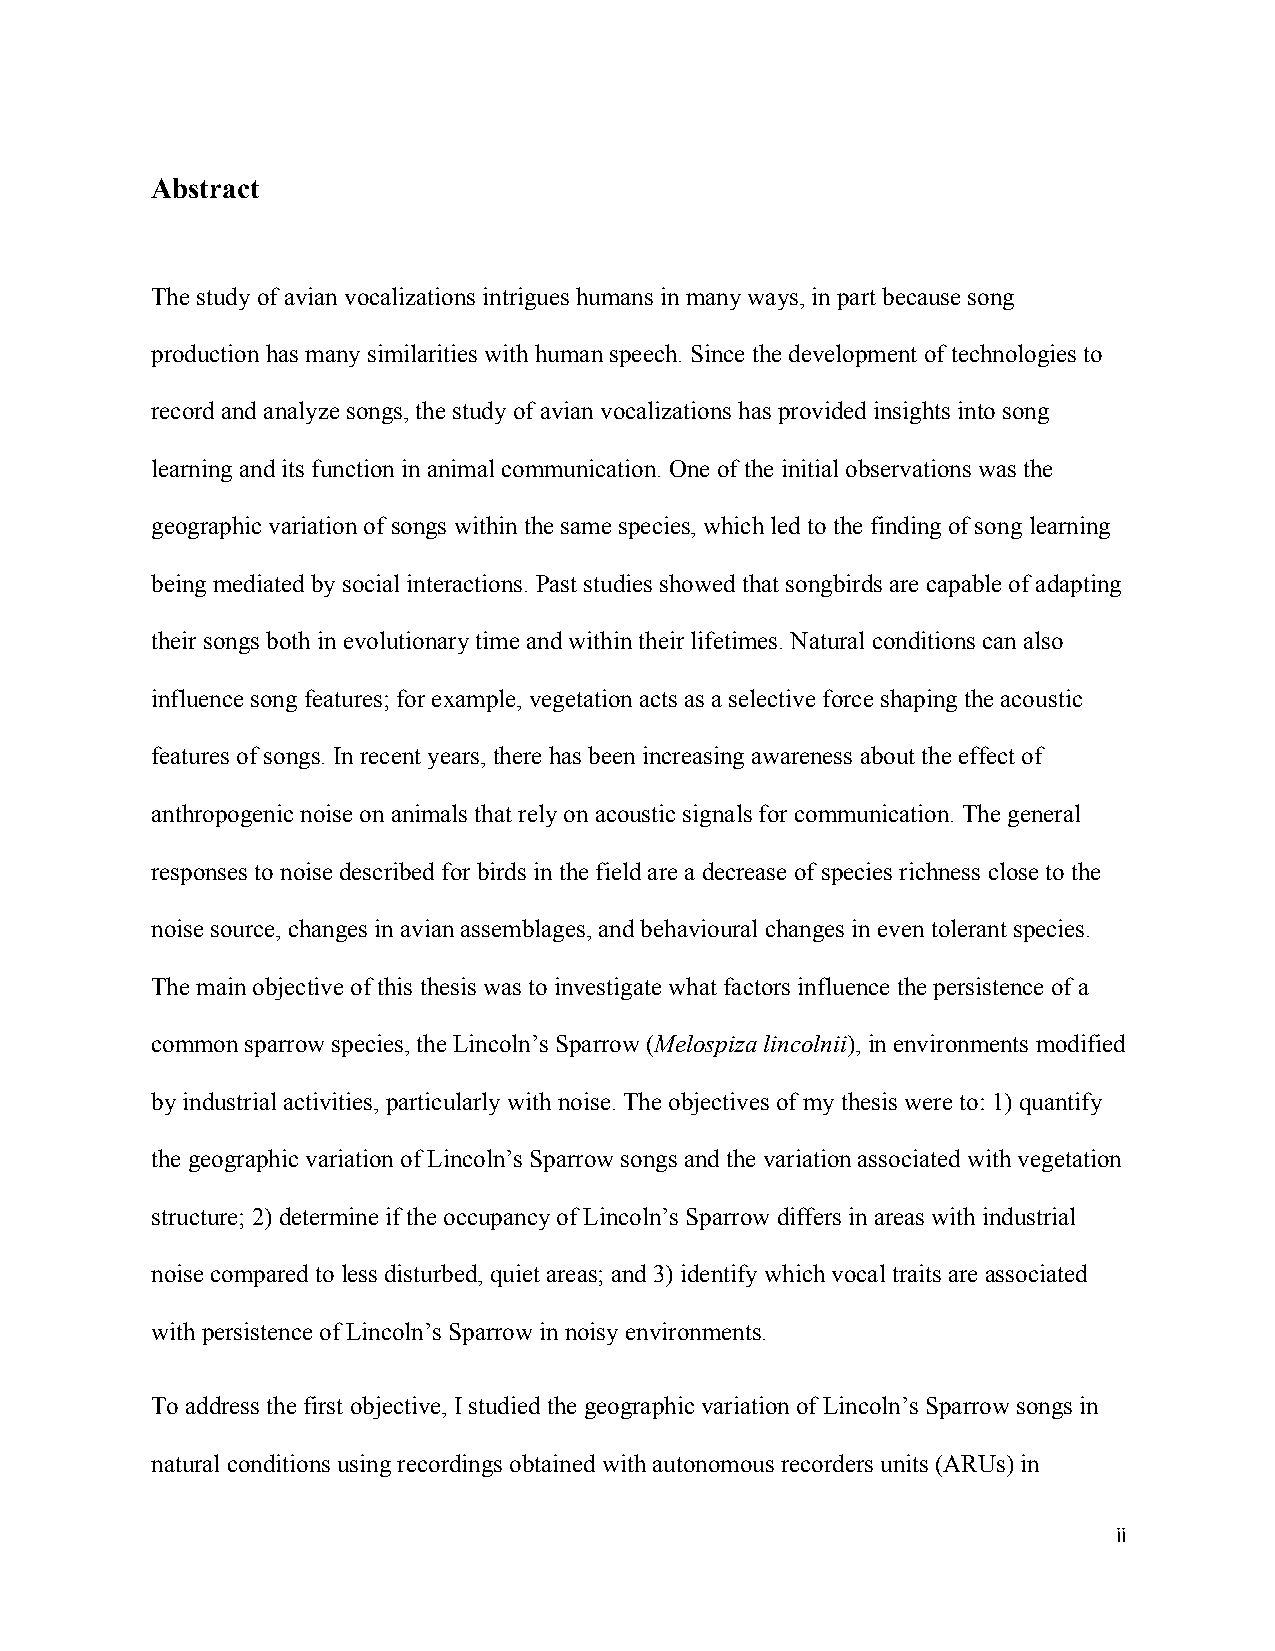
Abstract
 The study of avian vocalizations intrigues humans in many ways, in part because song
 production has many similarities with human speech. Since the development of technologies to
 record and analyze songs, the study of avian vocalizations has provided insights into song
 learning and its function in animal communication. One of the initial observations was the
 geographic variation of songs within the same species, which led to the finding of song learning
 being mediated by social interactions. Past studies showed that songbirds are capable of adapting
 their songs both in evolutionary time and within their lifetimes. Natural conditions can also
 influence song features; for example, vegetation acts as a selective force shaping the acoustic
 features of songs. In recent years, there has been increasing awareness about the effect of
 anthropogenic noise on animals that rely on acoustic signals for communication. The general
 responses to noise described for birds in the field are a decrease of species richness close to the
 noise source, changes in avian assemblages, and behavioural changes in even tolerant species.
 The main objective of this thesis was to investigate what factors influence the persistence of a
 common sparrow species, the Lincoln’s Sparrow (Melospiza lincolnii), in environments modified
 by industrial activities, particularly with noise. The objectives of my thesis were to: 1) quantify
 the geographic variation of Lincoln’s Sparrow songs and the variation associated with vegetation
 structure; 2) determine if the occupancy of Lincoln’s Sparrow differs in areas with industrial
 noise compared to less disturbed, quiet areas; and 3) identify which vocal traits are associated
 with persistence of Lincoln’s Sparrow in noisy environments.
 To address the first objective, I studied the geographic variation of Lincoln’s Sparrow songs in
 natural conditions using recordings obtained with autonomous recorders units (ARUs) in
 ii